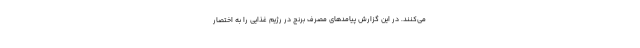
می‌کنند. در این گزارش پیامدهای مصرف برنج در رژیم غذایی را به اختصار